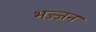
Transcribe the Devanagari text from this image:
भज्जन